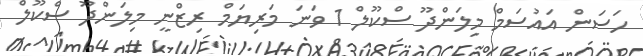
ހަސަން އައުސަމް މިލަންދޫ ސްކޫލް 1 ވަނަ މަރިޔަމް ރިޒްނީ މިލަންދޫ ސްކޫލް